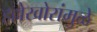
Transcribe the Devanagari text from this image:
हल्लेखोरांमुळे